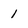
Character: 1